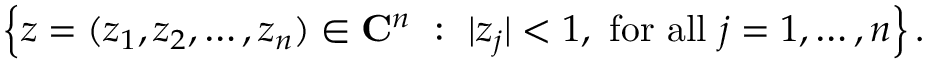
\left\{ z = ( z _ { 1 } , z _ { 2 } , \dots , z _ { n } ) \in \mathbf { C } ^ { n } \ : \ \vert z _ { j } \vert < 1 , { \mathrm { ~ f o r ~ a l l ~ } } j = 1 , \dots , n \right\} .